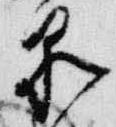
泉